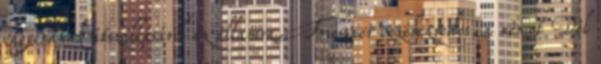
vagyonának átszállásáról az államra. Friessner vezérezredes, a német Dél